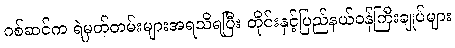
ဂစ်ဆင်က ရဲမှတ်တမ်းများအရသိရပြီး တိုင်းနှင့်ပြည်နယ်ဝန်ကြီးချုပ်များ